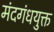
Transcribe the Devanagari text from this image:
मंदगंधयुक्त